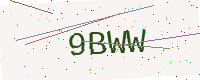
Text: 9BWW